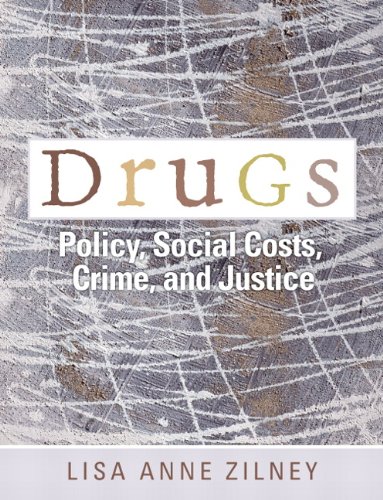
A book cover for Drugs: Policy, Social Costs, Crime, and Justice; Lisa Anne Zilney; Law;